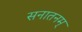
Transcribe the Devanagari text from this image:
सनातनम्